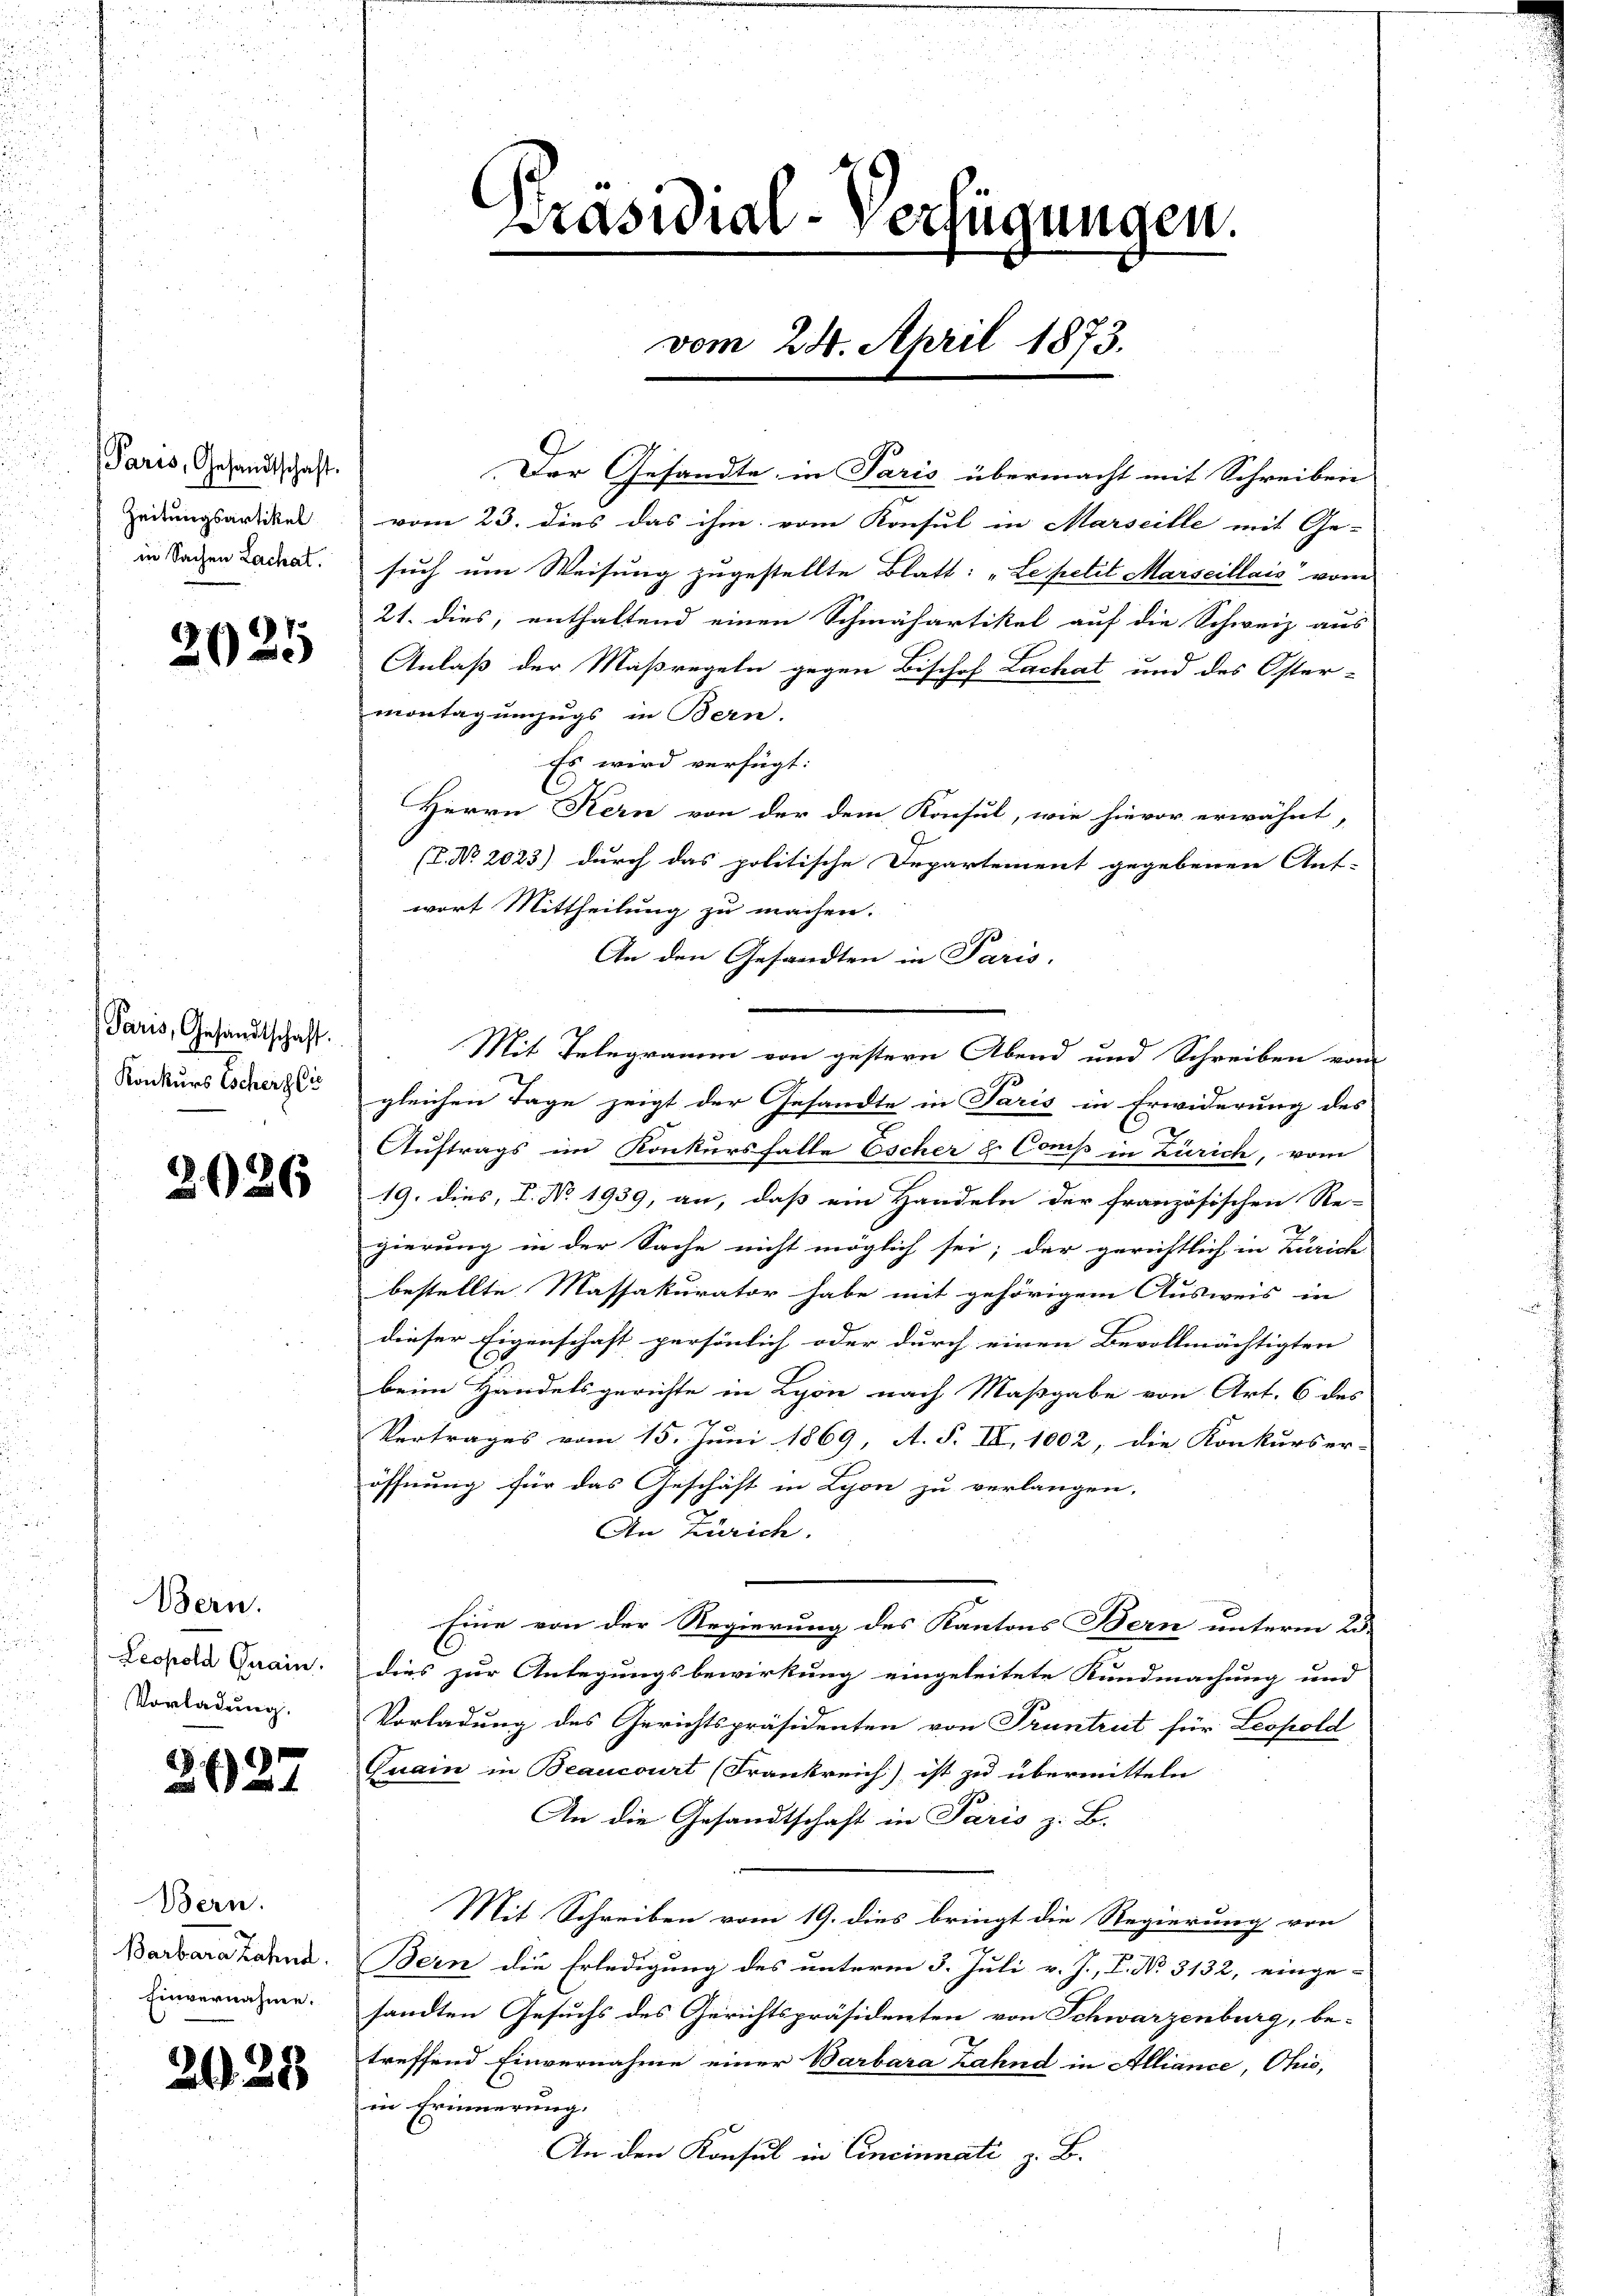
Paris, Gesandtschaft.
Zeitungsartikel
in Sachen Lachat.

2025

Paris, Gesandtschaft.
Konkurs Escherzlie

2026

Bern.
Leopold Quain.
Vorladung.

2027

Bern.
Barbara Zahna.
Einvernahme.

2028

e
Präsidial-Verfügungen.
vom 24. April 1873.

Der Gesandte, in Paris übermacht mit Schreiben
vom 23. dies das ihm vom Konsul in Marseille mit Ge-
such um Weisung zugestellte Blatt: „Le petit Marseillais vor
21. dies, enthaltend einen Schmähartikel auf die Schweiz aus
Anlaß der Maßregeln gegen Bischof Lachat und des Oster-
montagumzugs in Bern.
Es wird verfügt:
Herrn Kern von der dem Konsul, wie hievor erwähnt,
(I. No. 2023) durch das politische Departement gegebenen Ant-
wort Mittheilung zu machen.
An den Gesandten in Paris,
Mit Telegramm von gestern Abend und Schreiben vom
gleichen Tage zeigt der Gesandte in Paris in Erwiderung des
Auftrags im Konkursfalle Escher u. Comp in Zürich, vom
19. dies, V. No. 1939, an, daß ein Handeln der französischen Re-
gierung in der Sache nicht möglich sei; der gerichtlich in Zürich
bestellte Massakurator habe mit gehörigem Ausweis in
dieser Eigenschaft persönlich oder durch einen Bevollmächtigten |
beim Handelsgerichte in Lyon nach Maßgabe von Art. 6 des
Vertrages vom 15. Juni 1869, A. S. II, 1002, die Konkurser-
öffnung für das Geschäft in Lyon zu verlangen,
An Zürich.
Eine von der Regierung des Kantons Bern unterm 23.
dies zur Anlegungsbewirkung eingeleitete Kundmachung und
Vorladung des Gerichtspräsidenten von Pruntrut für Leopold
Quai in Beaucourt (Frankreich ist zu übermitteln
An die Gesandtschaft in Paris z. B.
Mit Schreiben vom 19. dies bringt die Regierung von
Bern die Erledigung des unterm 3. Juli v. J., P. No. 3132, einge-
sandten Gesuchs des Gerichtspräsidenten von Schwarzenburg, be-
treffend Einvernahme einer Barbara Zahnd in Alliance, Ohio,
in Erinnerung.
An den Konsul in Cincinnati z. B.